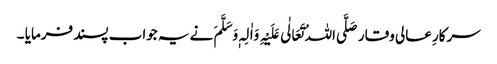
سرکارِ عالی وقار صَلَّی اللہُ تَعَالٰی عَلَیْہِ وَاٰلِہٖ وَسَلَّمَ نے یہ جواب پسند فرمایا ۔